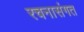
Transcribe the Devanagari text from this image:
रचनासंगत